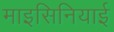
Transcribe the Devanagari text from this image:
माइसिनियाई